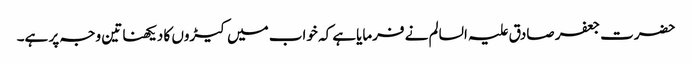
حضرت جعفر صادق علیہ السالم نے فرمایاہے کہ خواب میں کیڑوں کا دیکھنا تین وجہ پر ہے۔